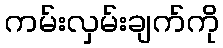
ကမ်းလှမ်းချက်ကို